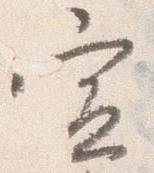
宣